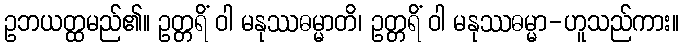
ဥဘယတ္ထမည်၏။ ဥတ္တရိံ ဝါ မနုဿဓမ္မာတိ၊ ဥတ္တရိံ ဝါ မနုဿဓမ္မာ-ဟူသည်ကား။